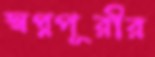
স্বপ্নপূরীর